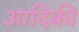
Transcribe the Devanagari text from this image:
आदिकी